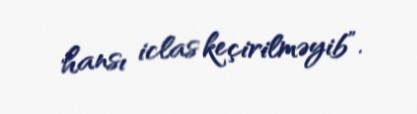
hansı iclas keçirilməyib”.